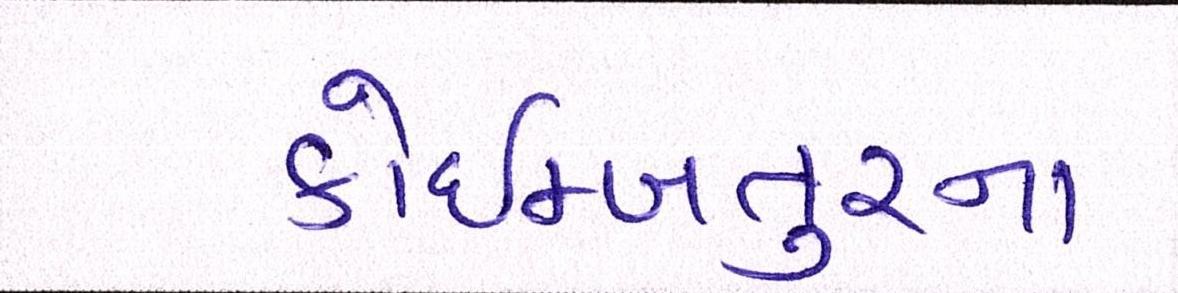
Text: કોઇમ્બતુરના